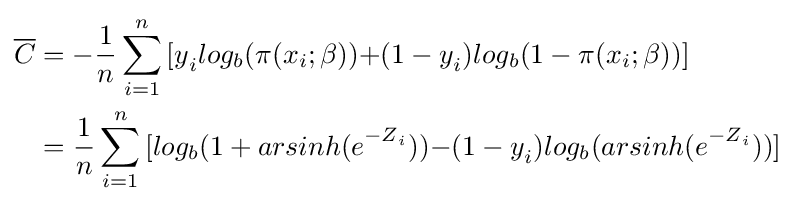
{\begin{aligned}{\overline {C}}&=-{\frac {1}{n}}\sum _{i=1}^{n}{{[y}_{i}log_{b}(\pi (x_{i};\beta ))+}{(1-y}_{i})log_{b}(1-\pi (x_{i};\beta ))]\\&={\frac {1}{n}}\sum _{i=1}^{n}{[log_{b}(1+{arsinh(e}^{{-Z}_{i}}))-}{(1-y}_{i})log_{b}({arsinh(e}^{{-Z}_{i}}))]\end{aligned}}